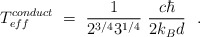
\begin{align*}T_{eff}^{conduct}\ =\ \frac{1}{2^{3/4}3^{1/4}}\ \frac{c\hbar}{2 k_B d}\ \ .\end{align*}